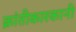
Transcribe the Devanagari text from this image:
क्रांतीकारकानी